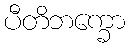
ပီတိဘက္ခော